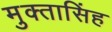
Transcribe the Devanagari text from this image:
मुक्तासिंह